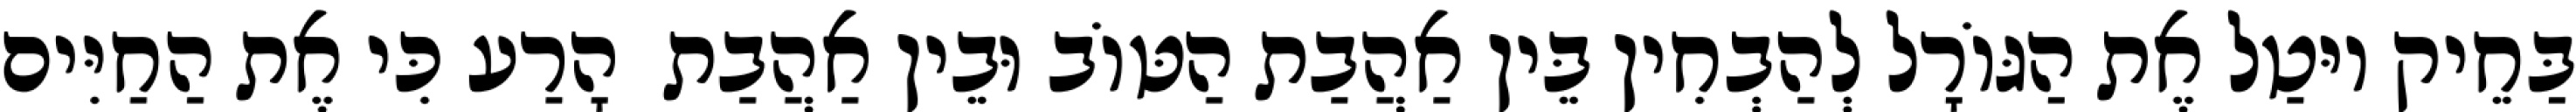
בַּחֵיק יוּטַל אֶת הַגּוֹרָל לְהַבְחִין בֵּין אַהֲבַת הַטּוֹב וּבֵין אַהֲבַת  הָרַע כִּי אֶת הַחַיִּים